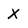
Character: x